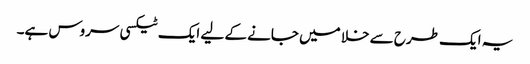
یہ ایک طرح سے خلا میں جانے کے لیے ایک ٹیکسی سروس ہے۔